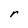
Character: r